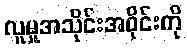
လူမှုအသိုင်းအဝိုင်းကို